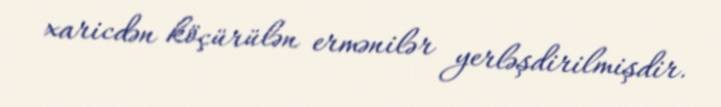
xaricdən köçürülən ermənilər yerləşdirilmişdir.